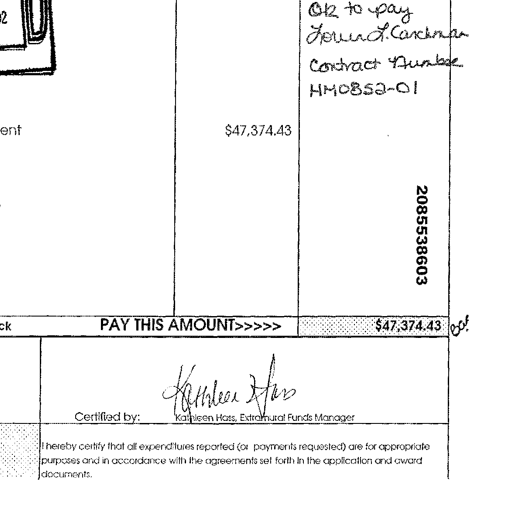
OK to pay
Louis L. Cashman
Contract Number
HM0852-01
ent $47,374.43
2085538603
ck PAY THIS AMOUNT>>>>> $47,374.43 OK
Certified by: Kathleen Hass
Kathleen Hass, Extramural Funds Manager
I hereby certify that all expenditures reported (or payments requested) are for appropriate
purposes and in accordance with the agreements set forth in the application and award
documents.